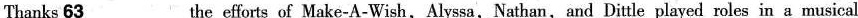
Thanks \underline{63} the efforts of Make-A-Wish, Alyssa,Nathan,and Dittle played roles in a musical